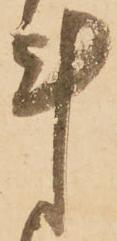
計